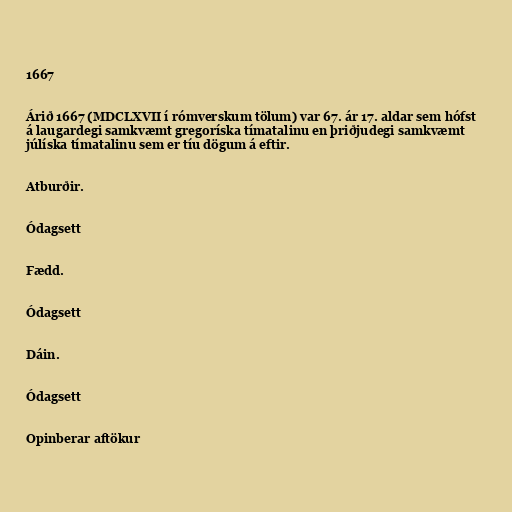
1667

Árið 1667 (MDCLXVII í rómverskum tölum) var 67. ár 17. aldar sem hófst
á laugardegi samkvæmt gregoríska tímatalinu en þriðjudegi samkvæmt
júlíska tímatalinu sem er tíu dögum á eftir.

Atburðir.

Ódagsett

Fædd.

Ódagsett

Dáin.

Ódagsett

Opinberar aftökur